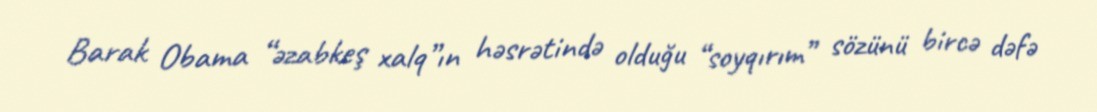
Barak Obama “əzabkeş xalq”ın həsrətində olduğu “soyqırım” sözünü bircə dəfə